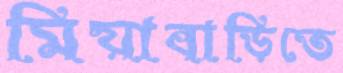
মিয়াবাড়িতে